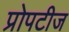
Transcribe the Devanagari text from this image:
प्रोपटीज